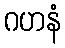
ဂဟနံ